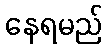
နေရမည်